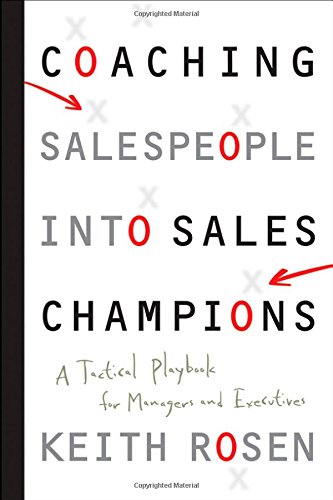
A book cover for Coaching Salespeople into Sales Champions: A Tactical Playbook for Managers and Executives; Keith Rosen; Business & Money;